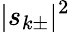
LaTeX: |s_{k\pm}|^{2}